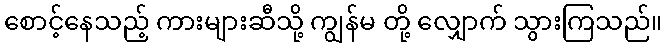
စောင့်နေသည့် ကားများဆီသို့ ကျွန်မ တို့ လျှောက် သွားကြသည်။